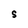
Character: S